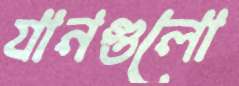
যানগুলো